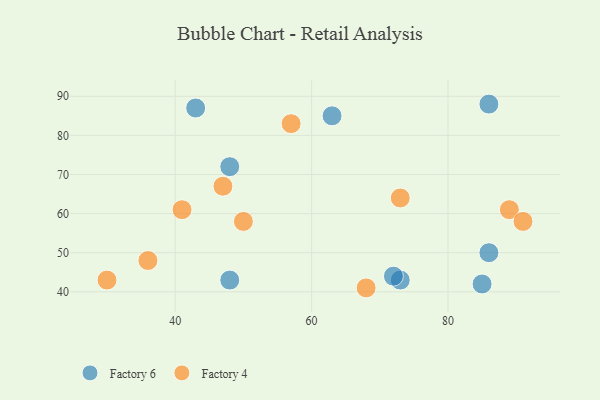
{"axis": {"x": "GDP", "y": "Life Expectancy"}, "legend": ["Factory 4", "Factory 6"], "data": [{"x": "63", "y": 85, "type": "Factory 6"}, {"x": "48", "y": 43, "type": "Factory 6"}, {"x": "73", "y": 43, "type": "Factory 6"}, {"x": "86", "y": 88, "type": "Factory 6"}, {"x": "86", "y": 50, "type": "Factory 6"}, {"x": "72", "y": 44, "type": "Factory 6"}, {"x": "43", "y": 87, "type": "Factory 6"}, {"x": "48", "y": 72, "type": "Factory 6"}, {"x": "85", "y": 42, "type": "Factory 6"}, {"x": "30", "y": 43, "type": "Factory 4"}, {"x": "68", "y": 41, "type": "Factory 4"}, {"x": "50", "y": 58, "type": "Factory 4"}, {"x": "41", "y": 61, "type": "Factory 4"}, {"x": "36", "y": 48, "type": "Factory 4"}, {"x": "73", "y": 64, "type": "Factory 4"}, {"x": "89", "y": 61, "type": "Factory 4"}, {"x": "57", "y": 83, "type": "Factory 4"}, {"x": "47", "y": 67, "type": "Factory 4"}, {"x": "91", "y": 58, "type": "Factory 4"}]}